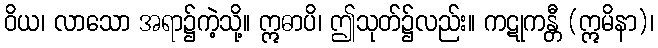
ဝိယ၊ လာသော အရာ၌ကဲ့သို့။ ဣဓာပိ၊ ဤသုတ်၌လည်း။ ကဋုကန္တီ (ဣမိနာ)၊